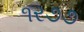
૧ર૭૭